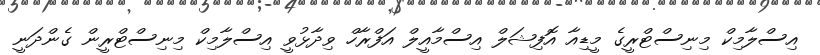
އިސްލާމިކް މިނިސްޓްރީގެ މީޑިއާ އޮފިޝަލް އިސްމާއީލް އަފްރާހް ވިދާޅުވީ އިސްލާމިކް މިނިސްޓްރީން ގެންދަނީ